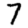
Digit: 7